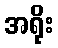
အရိုး